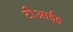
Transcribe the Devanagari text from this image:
टीआईइ